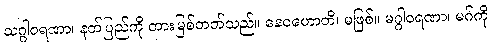
သဂ္ဂါဝရဏာ၊ နတ်ပြည်ကို တားမြစ်တတ်သည်။ နေဝဟောတိ၊ မဖြစ်။ မဂ္ဂါဝရဏာ၊ မဂ်ကို